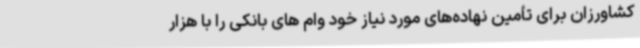
کشاورزان برای تأمین نهاده‌های مورد نیاز خود وام های بانکی را با هزار